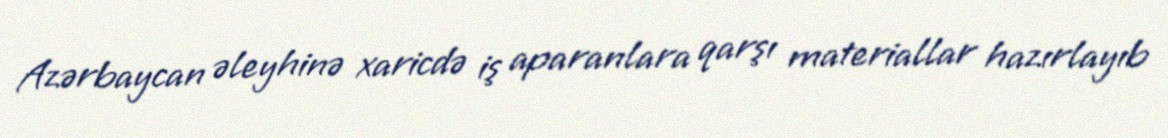
Azərbaycan əleyhinə xaricdə iş aparanlara qarşı materiallar hazırlayıb